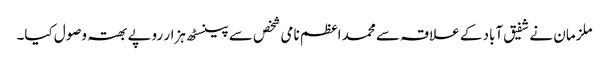
ملزمان نے شفیق آباد کے علاقہ سے محمد اعظم نامی شخص سے پینسٹھ ہزار روپے بھتہ وصول کیا۔